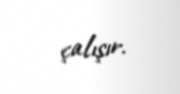
çalışır.